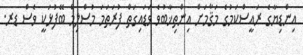
އިންޑިޔާގެ ރައީސްކަމުގެ މަޤާމަށް އިންތިޚާބުވެ ވަޑައިގަތް ފުރަތަމަ މުސްލިމް ބޭފުޅަކީ ވެސް ޑރ.